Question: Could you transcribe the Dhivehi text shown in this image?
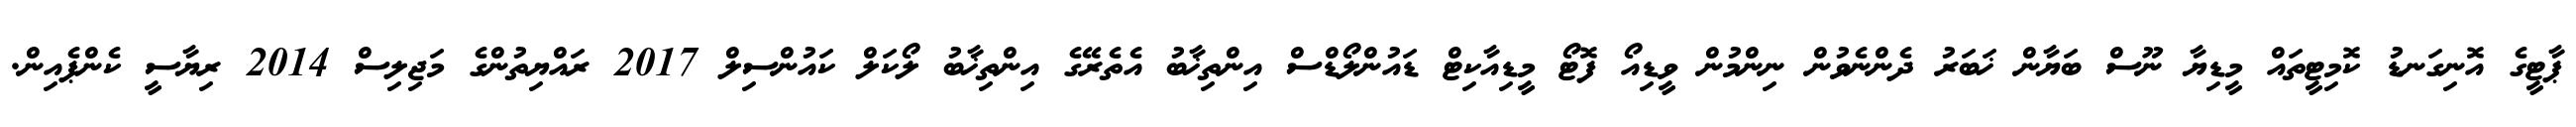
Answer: ޕާޓީގެ އޮނިގަނޑު ކޮމިޓީތައް މީޑިޔާ ނޫސް ބަޔާން ޚަބަރު ދެންނެވުން ނިންމުން ވީޑިއޯ ފޮޓޯ މީޑިއާކިޓް ޑައުންލޯޑްސް އިންތިޚާބު އެތެރޭގެ އިންތިޚާބު ލޯކަލް ކައުންސިލް 2017 ރައްޔިތުންގެ މަޖިލިސް 2014 ރިޔާސީ ކެންޕެއިން.